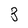
Character: 3